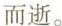
而逝。